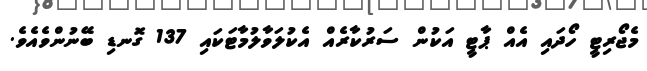
މެޖޯރިޓީ ހޯދައި އެއް ޕާޓީ އަކުން ސަރުކާރެއް އެކުލަވާލުމާޓަކައި 137 ގޮނޑި ބޭނުންވެއެވެ.